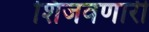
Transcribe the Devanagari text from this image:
शिजवणारी